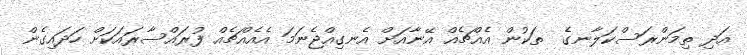
އަދި ތިމަންރަސްކަލާނގެ  ތަކުން އެއްޗެއް އޭނާއަށް އެނގިއްޖެނަމަ އެއެއްޗެއް ފުރައްސާރައަކަށް ހަދައިގެން